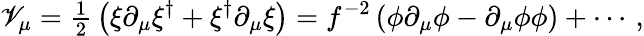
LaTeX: \mathscr{V}_{\mu}={\textstyle\frac{{1}}{{2}}}\left(\xi\partial_{\mu}\xi^{\dagger}+\xi^{\dagger}\partial_{\mu}\xi\right)=f^{-2}\left(\phi\partial_{\mu}\phi-\partial_{\mu}\phi\phi\right)+\cdots\, ,